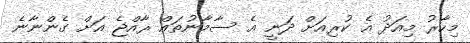
މިހާރު މިއަދު އެ ކުރިއަށް ދަނީ އެ ސާމާނުތައް ރާއްޖެ އަށް ގެންނާނެ